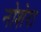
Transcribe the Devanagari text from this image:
नोशेरा